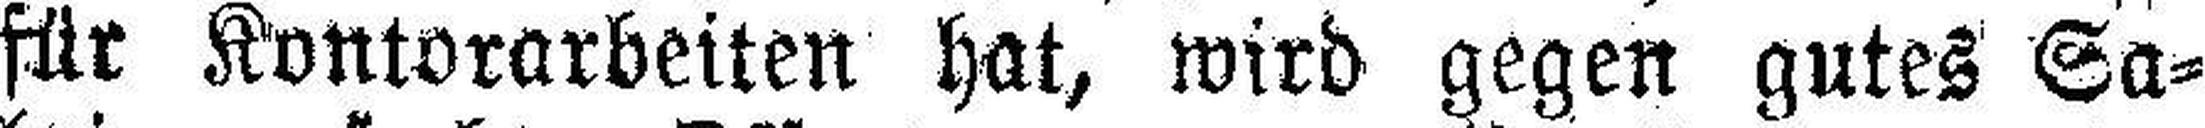
für Kontorarbeiten hat, wird gegen gutes Sa¬